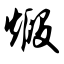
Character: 煅